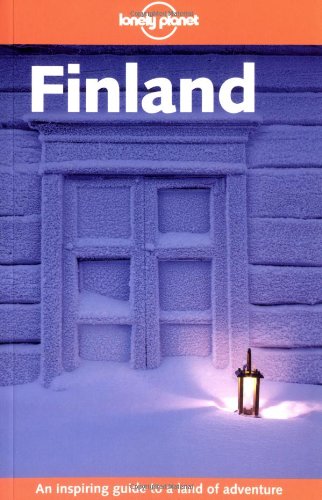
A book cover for Lonely Planet Finland; Paul Harding; Travel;